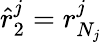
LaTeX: \hat{r}_{2}^{j}=r_{N_{j}}^{j}